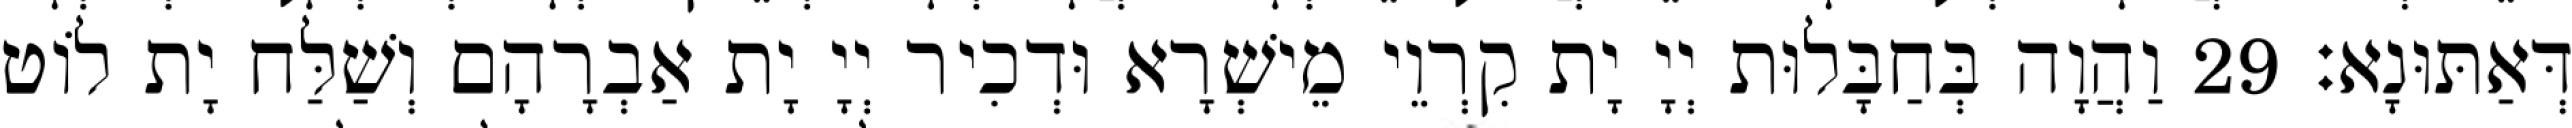
דְּאַתּוּנָא׃ 29 וַהֲוָה בְּחַבָּלוּת יְיָ יָת קִרְוֵי מֵישְׁרָא וּדְכִיר יְיָ יָת אַבְרָהָם וְשַׁלַּח יָת לוֹט